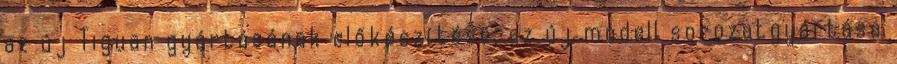
az új Tiguan gyártásának előkészítése, az új modell sorozatgyártása